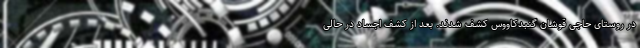
در روستای حاجی قوشان گنبدکاووس کشف شدند. بعد از کشف اجساد در حالی